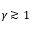
\gamma \gtrsim 1